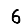
Digit: 6